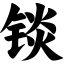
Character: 锬